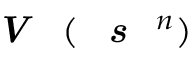
\textbf { \textit { V } } ( \textbf { \textit { s } } ^ { n } )